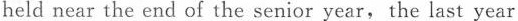
held near the end of the senior year, the last year